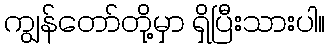
ကျွန်တော်တို့မှာ ရှိပြီးသားပါ။